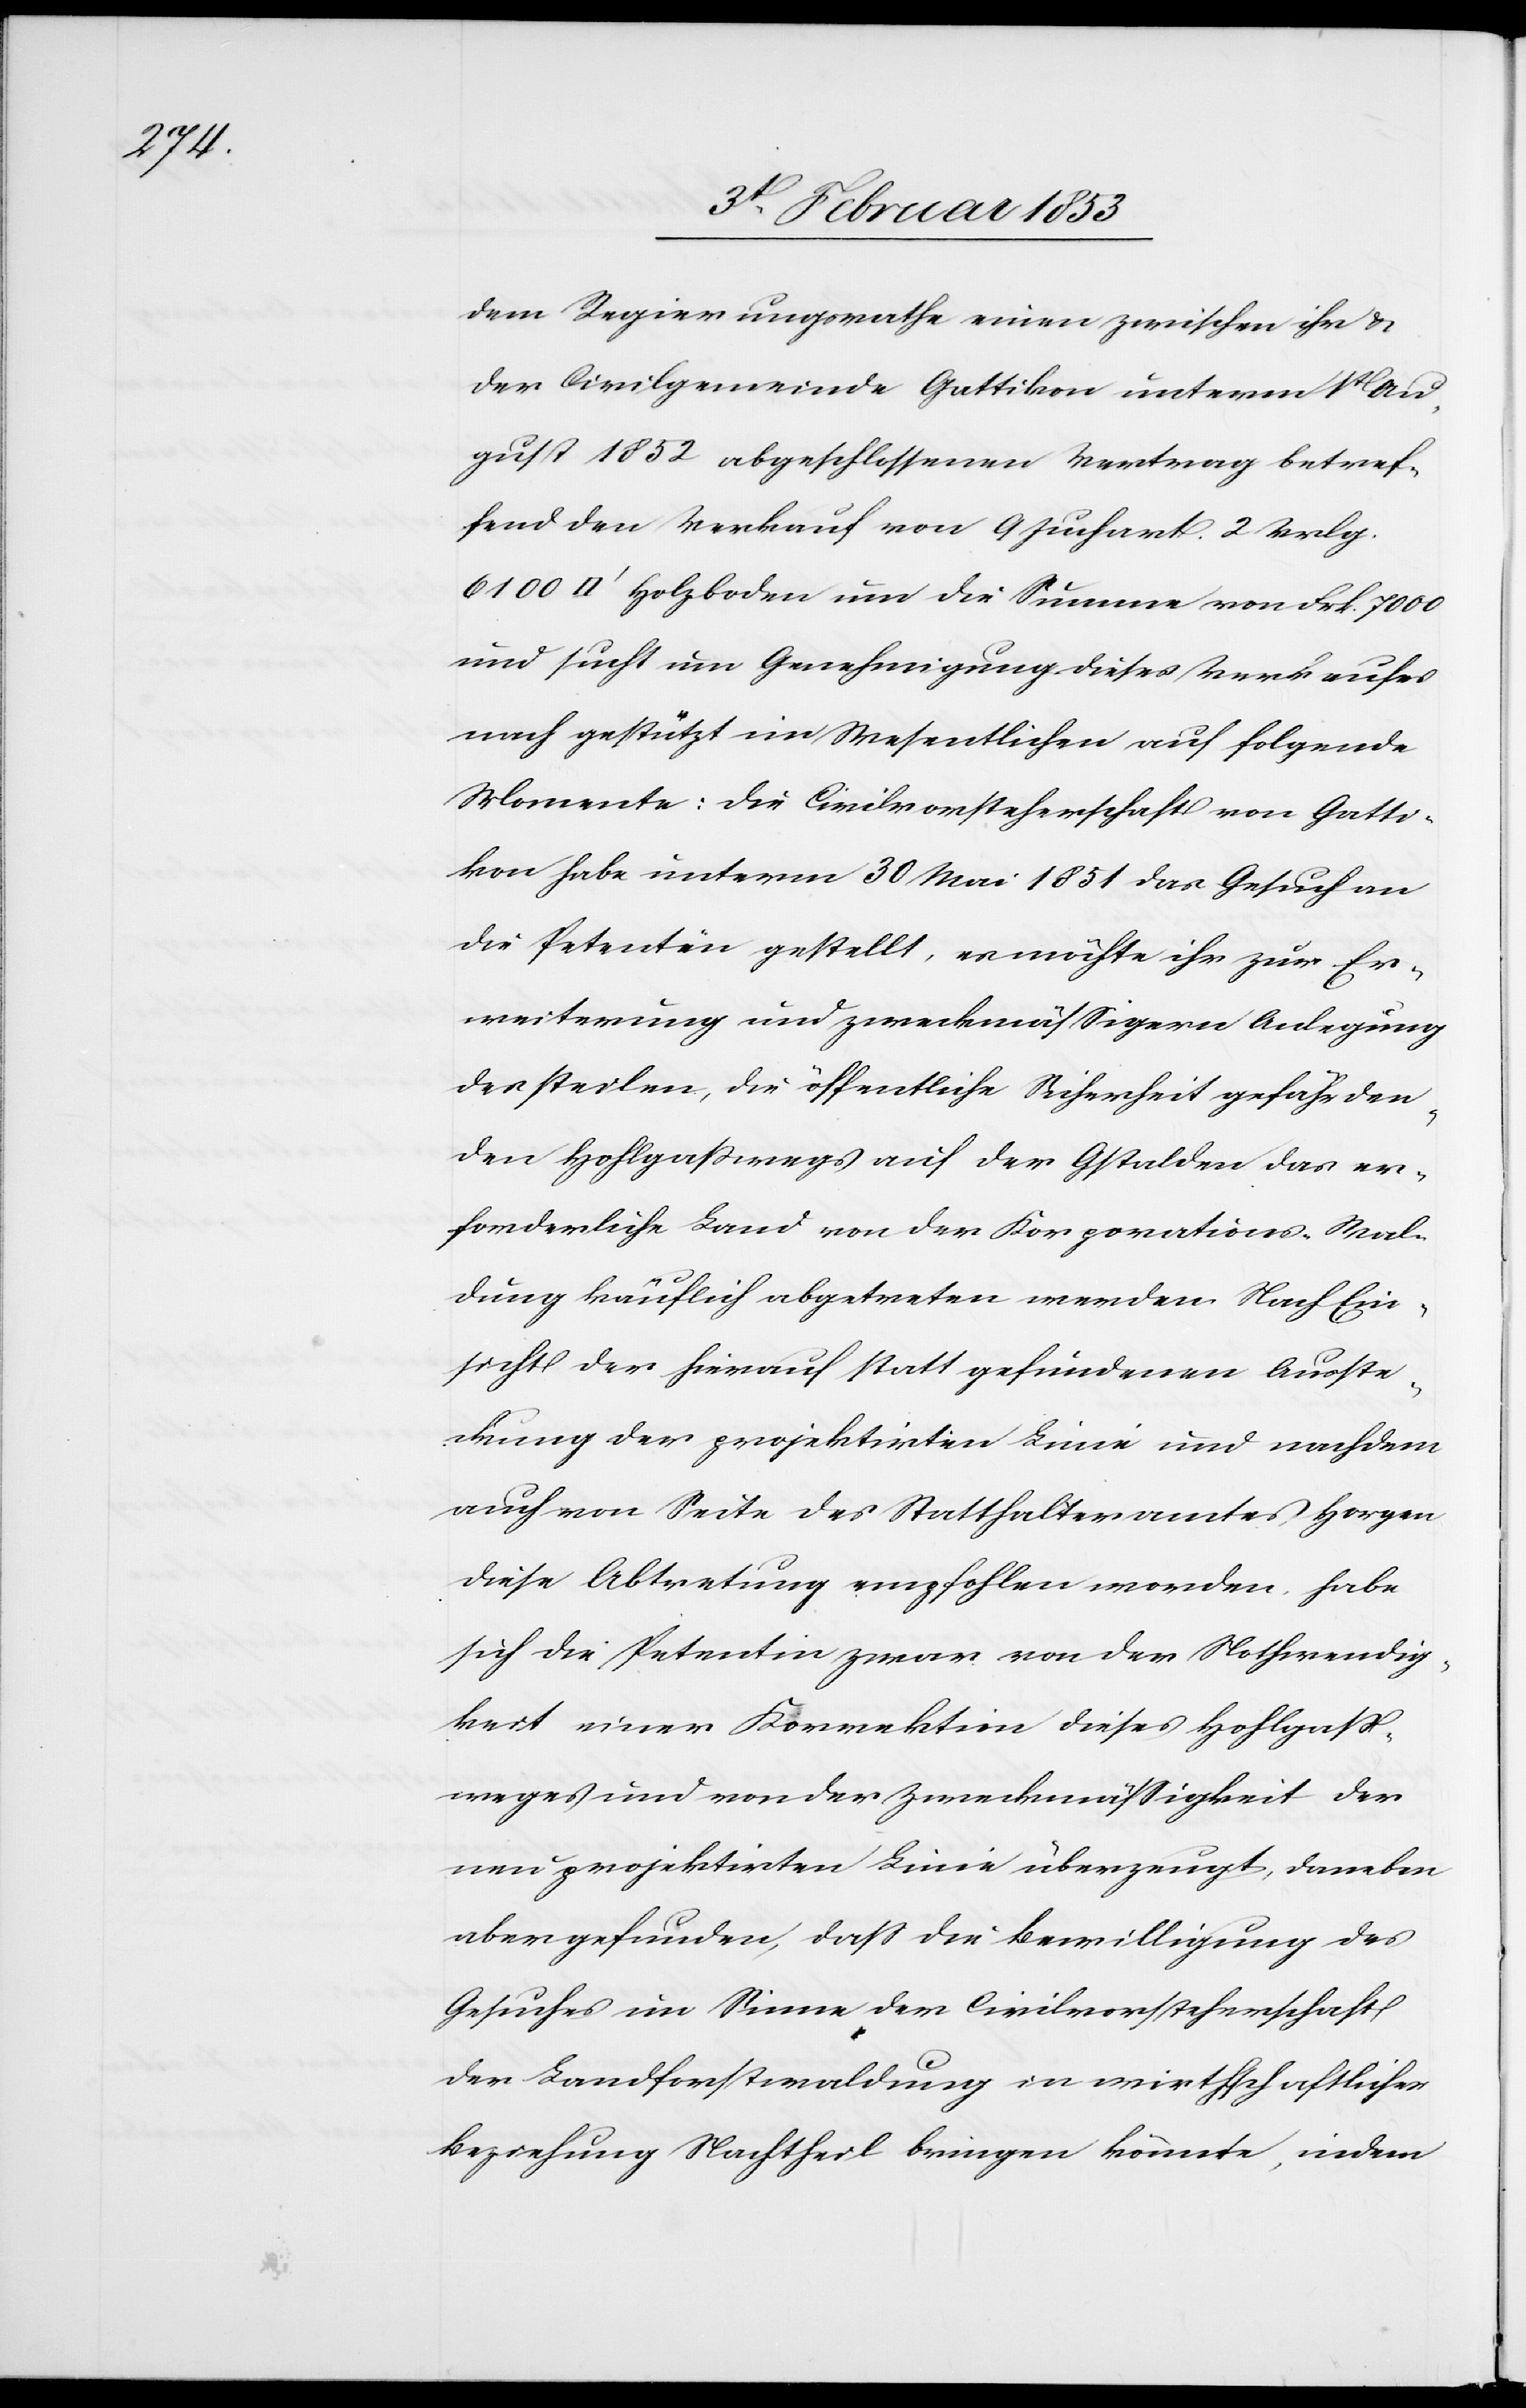
dem Regierungsrathe einen zwischen ihr u.
der Civilgemeinde Gattikon unterm 1t. Au¬
gust 1852 abgeschlossenen Vertrag betref¬
fend den Verkauf von 9 Juchart 2 Vrlg.
und sucht um Genehmigung dieses Verkaufes
nach gestützt im Wesentlichen auf folgende
Momente: die Civilvorsteherschaft von Gatti¬
kon habe unterm 30 Mai 1851 das Gesuch an
die Petenten gestellt, es möchte ihr zur Er¬
weiterung und zweckmäßigern Anlegung
des steilen, die öffentliche Sicherheit gefährden¬
den Holzweges auf der Gstalden das er¬
forderliche Land von der Korporations-Wal¬
dung käuflich abgetreten werden. Nach Ein¬
sicht der hierauf statt gefundenen Ausste¬
ckung der projektirten Linie und nachdem
auch von Seite des Statthalteramtes Horgen
diese Abtretung empfohlen worden habe
sich die Petentin zwar von der Nothwendig¬
keit einer Korrektion dieses Holzpaß¬
weges und von der Zweckmäßigkeit der
nun projektirten Linie überzeugt, daneben
aber gefunden, daß die Bewilligung des
Gesuches im Sinne der Civilvorsteherschaft
der Landforstwaldung in wirthschaftlicher
Bezahlung Nachtheil bringen könnte, indem